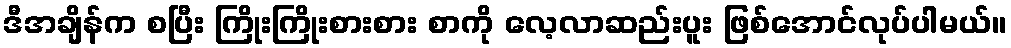
ဒီအချိန်က စပြီး ကြိုးကြိုးစားစား စာကို လေ့လာဆည်းပူး ဖြစ်အောင်လုပ်ပါမယ်။